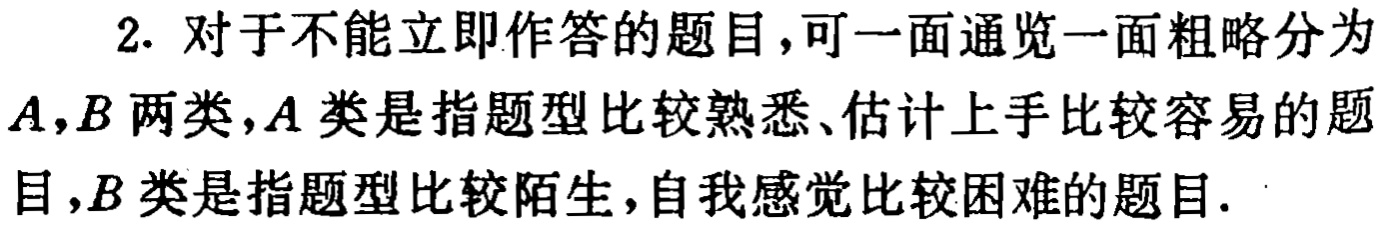
2. 对于不能立即作答的题目，可一面通览一面粗略分为
\(A,B\)两类，\(A\)类是指题型比较熟悉、估计上手比较容易的题
目，\(B\)类是指题型比较陌生，自我感觉比较困难的题目.